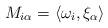
LaTeX: \begin{align*}M_{i\alpha} = \langle \omega_i, \xi_\alpha\rangle \end{align*}